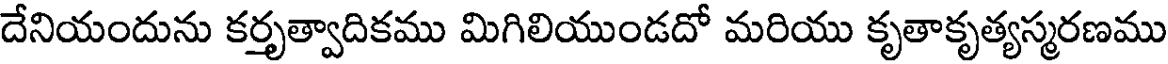
దేనియందును కర్తృత్వాదికము మిగిలియుండదో మరియు కృతాకృత్యస్మరణము